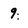
Character: 9